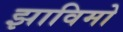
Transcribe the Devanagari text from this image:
झाविमो